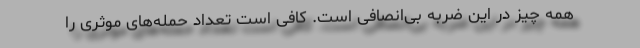
همه چیز در این ضربه بی‌انصافی است. کافی است تعداد حمله‌های موثری را